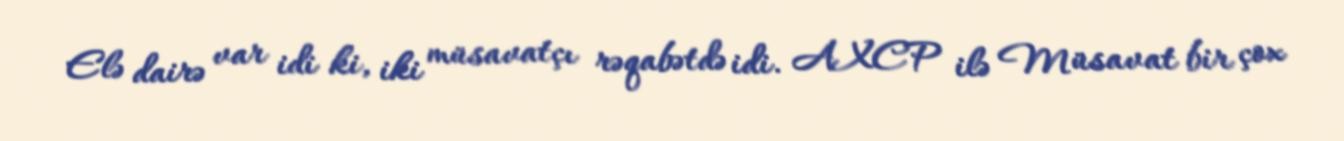
Elə dairə var idi ki, iki müsavatçı rəqabətdə idi. AXCP ilə Müsavat bir çox